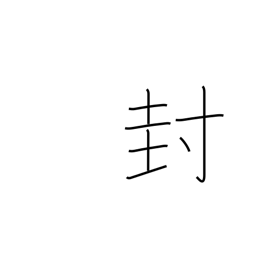
Meaning: closing